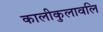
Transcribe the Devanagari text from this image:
कालीकुलावलि